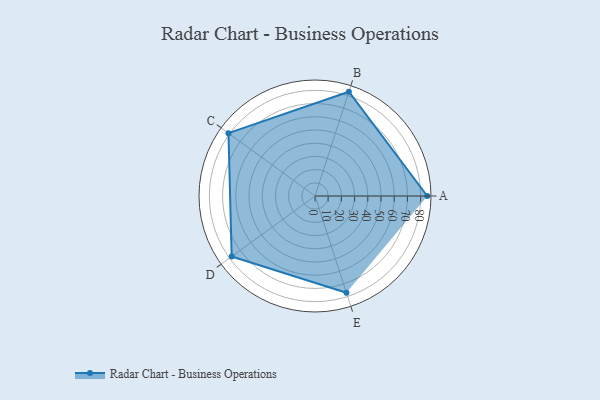
{"axis": {"x": "Skill", "y": "Score"}, "legend": ["Profile"], "data": [{"x": "A", "y": 85.0, "type": "Profile"}, {"x": "B", "y": 83.0, "type": "Profile"}, {"x": "C", "y": 81.0, "type": "Profile"}, {"x": "D", "y": 78.0, "type": "Profile"}, {"x": "E", "y": 77.0, "type": "Profile"}]}